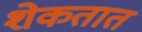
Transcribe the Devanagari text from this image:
शेकतात